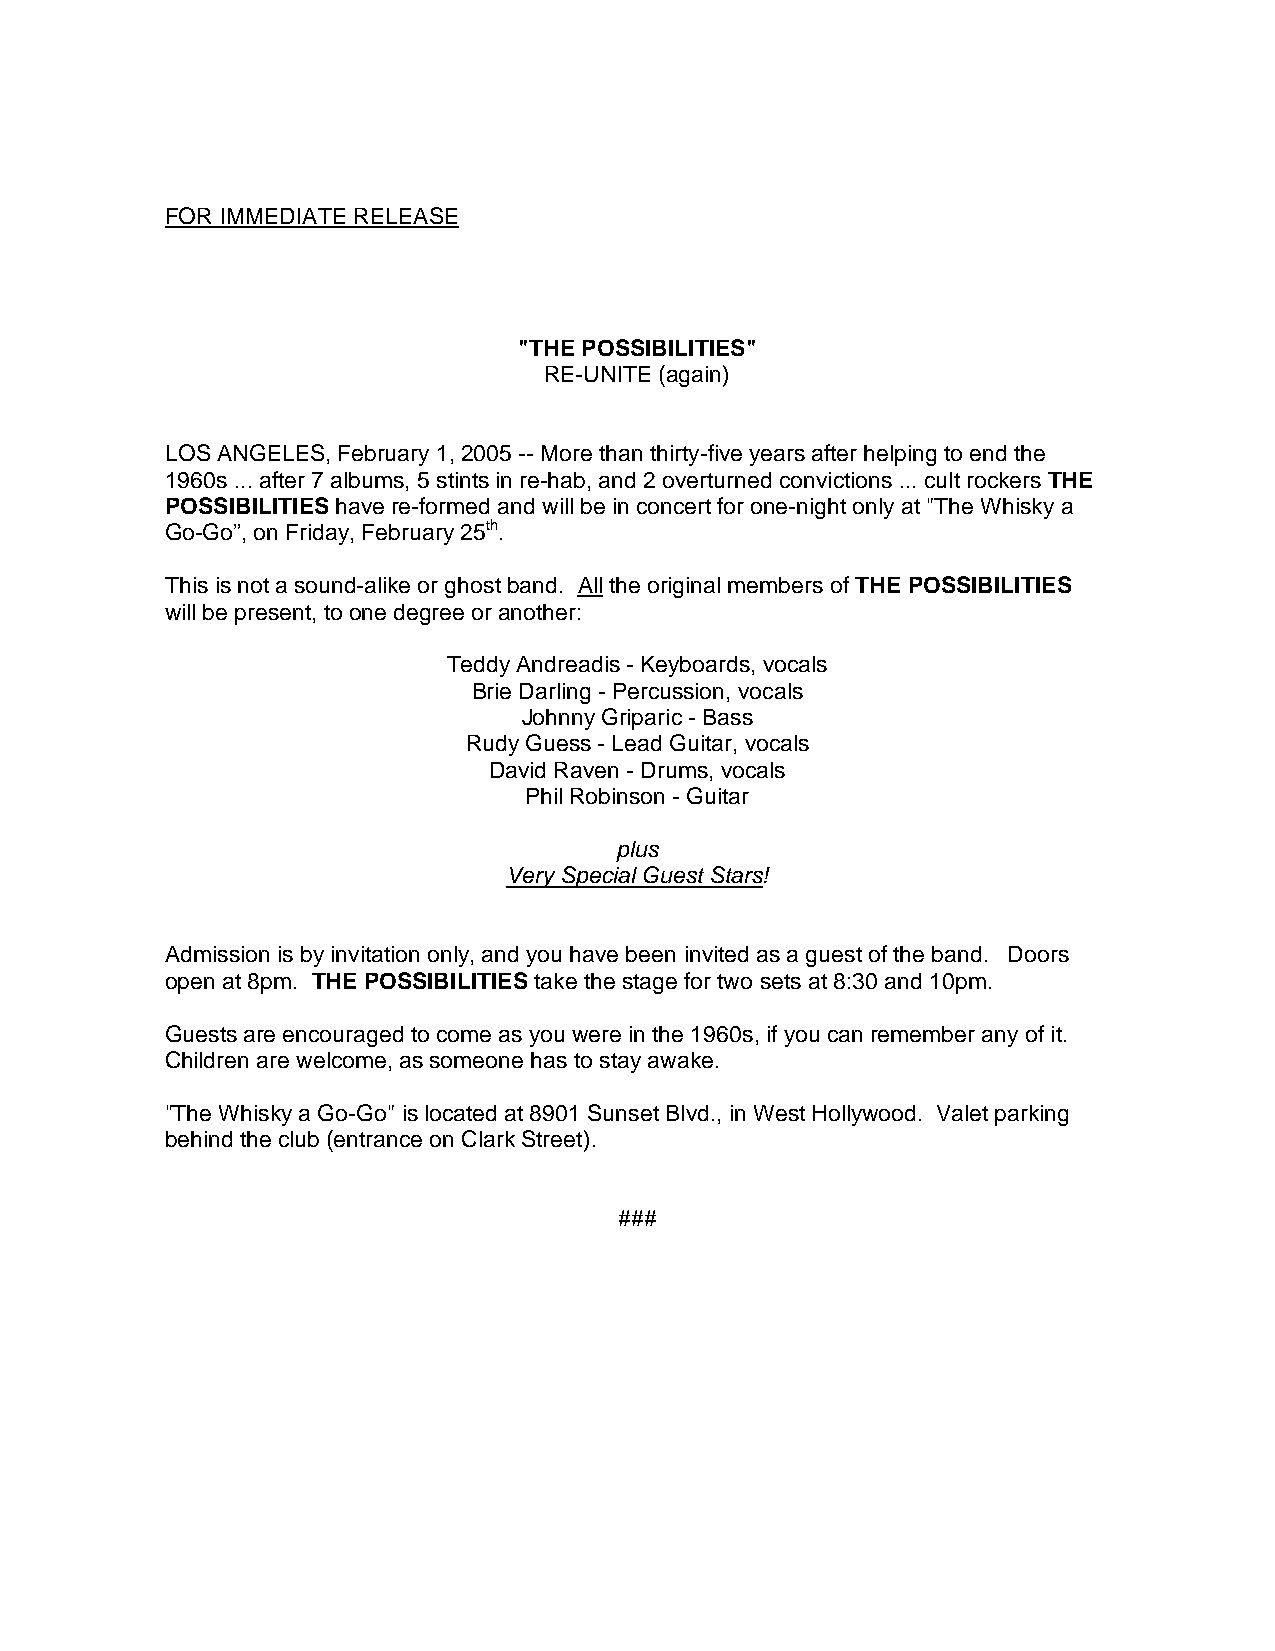
FOR IMMEDIATE RELEASE
 "THE POSSIBILITIES"
 RE-UNITE (again)
 LOS ANGELES, February 1, 2005 -- More than thirty-five years after helping to end the
 1960s ... after 7 albums, 5 stints in re-hab, and 2 overturned convictions ... cult rockers THE
 POSSIBILITIES have re-formed and will be in concert for one-night only at "The Whisky a
 Go-Go”, on Friday, February 25th.
 This is not a sound-alike or ghost band. All the original members of THE POSSIBILITIES
 will be present, to one degree or another:
 Teddy Andreadis - Keyboards, vocals
 Brie Darling - Percussion, vocals
 Johnny Griparic - Bass
 Rudy Guess - Lead Guitar, vocals
 David Raven - Drums, vocals
 Phil Robinson - Guitar
 plus
 Very Special Guest Stars!
 Admission is by invitation only, and you have been invited as a guest of the band. Doors
 open at 8pm. THE POSSIBILITIES take the stage for two sets at 8:30 and 10pm.
 Guests are encouraged to come as you were in the 1960s, if you can remember any of it.
 Children are welcome, as someone has to stay awake.
 "The Whisky a Go-Go" is located at 8901 Sunset Blvd., in West Hollywood. Valet parking
 behind the club (entrance on Clark Street).
 ###